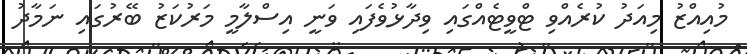
މުއިއްޒު މިއަދު ކުރެއްވި ޓްވީޓެއްގައި ވިދާޅުވެފައި ވަނީ އިސްލާމީ މަރުކަޒު ބޭރުގައި ނަމާދު